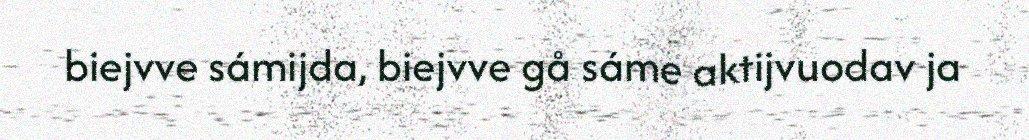
biejvve sámijda, biejvve gå sáme aktijvuodav ja